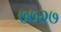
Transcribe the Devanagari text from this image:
७७२७